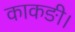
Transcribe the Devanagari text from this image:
काकङी।